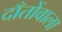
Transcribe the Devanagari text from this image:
दाँतोंवाला